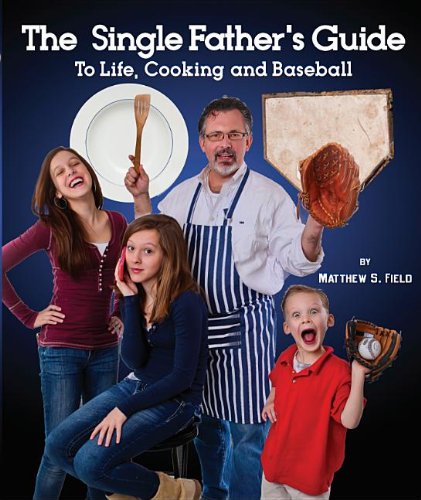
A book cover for The Single Father's Guide to Life, Cooking and Baseball; Matthew S. Field; Parenting & Relationships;